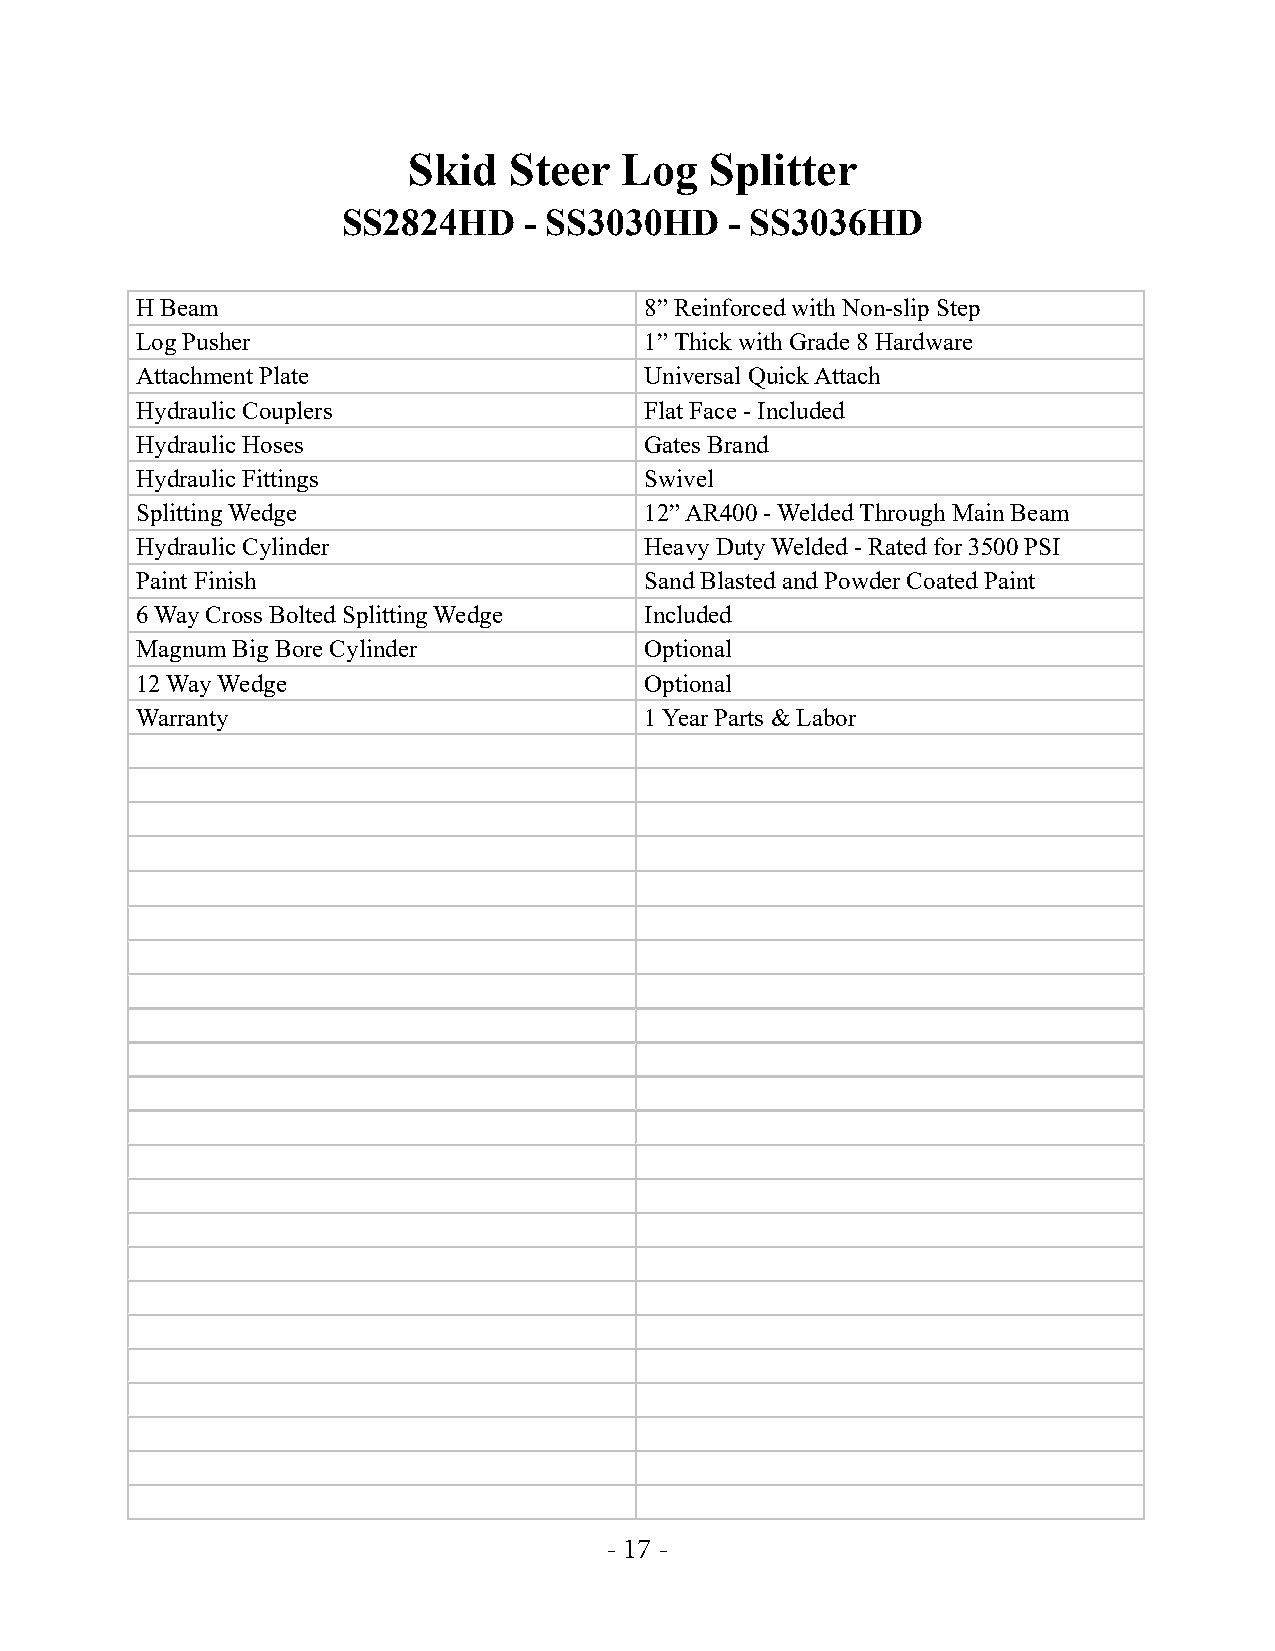
Skid   Steer  Log   Splitter
 SS2824HD    - SS3030HD   - SS3036HD
 H Beam                            8” Reinforced with Non-slip Step
 Log Pusher                        1” Thick with Grade 8 Hardware
 Attachment Plate                  Universal Quick Attach
 Hydraulic Couplers                Flat Face - Included
 Hydraulic Hoses                   Gates Brand
 Hydraulic Fittings                Swivel
 Splitting Wedge                   12” AR400 - Welded Through Main Beam
 Hydraulic Cylinder                Heavy Duty Welded - Rated for 3500 PSI
 Paint Finish                      Sand Blasted and Powder Coated Paint
 6 Way Cross Bolted Splitting Wedge Included
 Magnum Big Bore Cylinder          Optional
 12 Way Wedge                      Optional
 Warranty                          1 Year Parts & Labor
 - 17 -